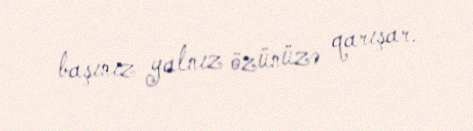
başınız yalnız özünüzə qarışar.